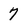
Character: 7